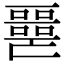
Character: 𡂧